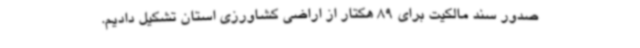
صدور سند مالکیت برای 89 هکتار از اراضی کشاورزی استان تشکیل دادیم.